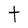
Character: t